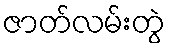
ဇာတ်လမ်းတွဲ